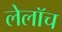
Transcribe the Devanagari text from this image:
लेलॉच